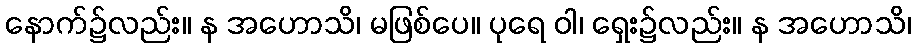
နောက်၌လည်း။ န အဟောသိ၊ မဖြစ်ပေ။ ပုရေ ဝါ၊ ရှေး၌လည်း။ န အဟောသိ၊